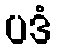
ပဒံ